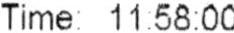
TIME: 11:58:00